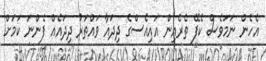
އެހެން ނަމަވެސް ކެފޭ ތެރެއިން އައިއެސްގެ ދިދައާ ވައްތަރު ދިދައެއް ފެންނަ ކަމަށް